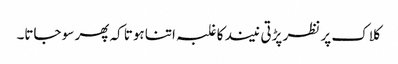
کلاک پر نظر پڑتی نیند کا غلبہ اتنا ہوتا کہ پھر سو جاتا۔